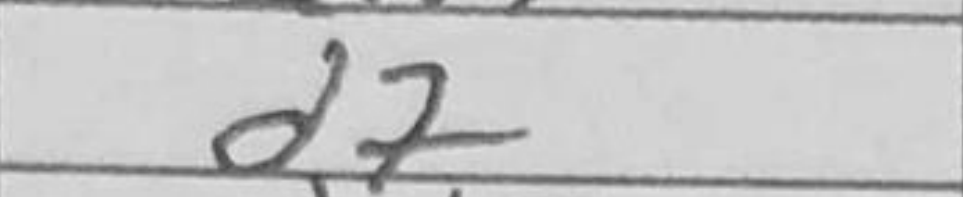
Transcription: d7